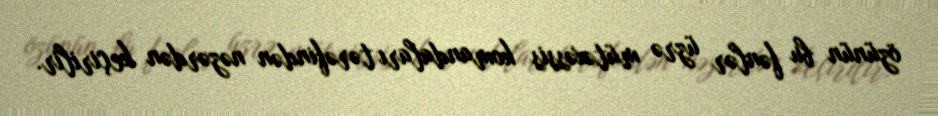
özünün bu fənlər üzrə mütəxəssis komandaları tərəfindən nəzərdən keçirilir.